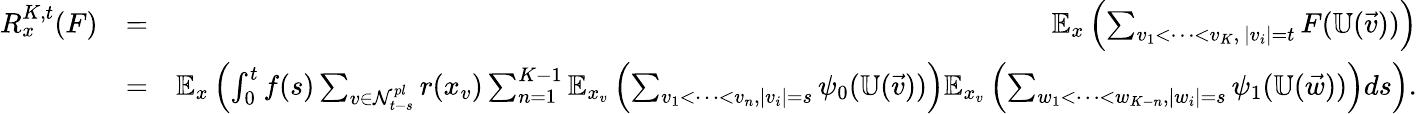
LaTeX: \begin{array}{rlr}{R_{x}^{K,t}(F)}&{=}&{\mathbb{E}_{x}\left(\sum_{v_{1}<\cdots<v_{K},\ |v_{i}|=t}F({\mathbb U}(\vec{v}))\right)}\\ &{=}&{\mathbb{E}_{x}\left(\int_{0}^{t}f(s)\sum_{v\in{\cal N}_{t-s}^{pl}}{r({x_{v}})}\sum_{n=1}^{K-1}\mathbb{E}_{{x_{v}}}\left(\sum_{v_{1}<\cdots<v_{n},|v_{i}|=s}\psi_{0}(\mathbb{U}(\vec{v}))\right)\mathbb{E}_{{x_{v}}}\left(\sum_{w_{1}<\cdots<w_{K-n},|w_{i}|=s}\psi_{1}(\mathbb{U}(\vec{w}))\right)ds\right).}\end{array}